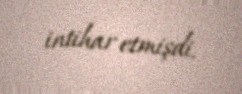
intihar etmişdi.